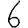
Digit: 6